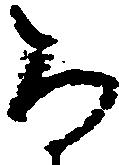
な